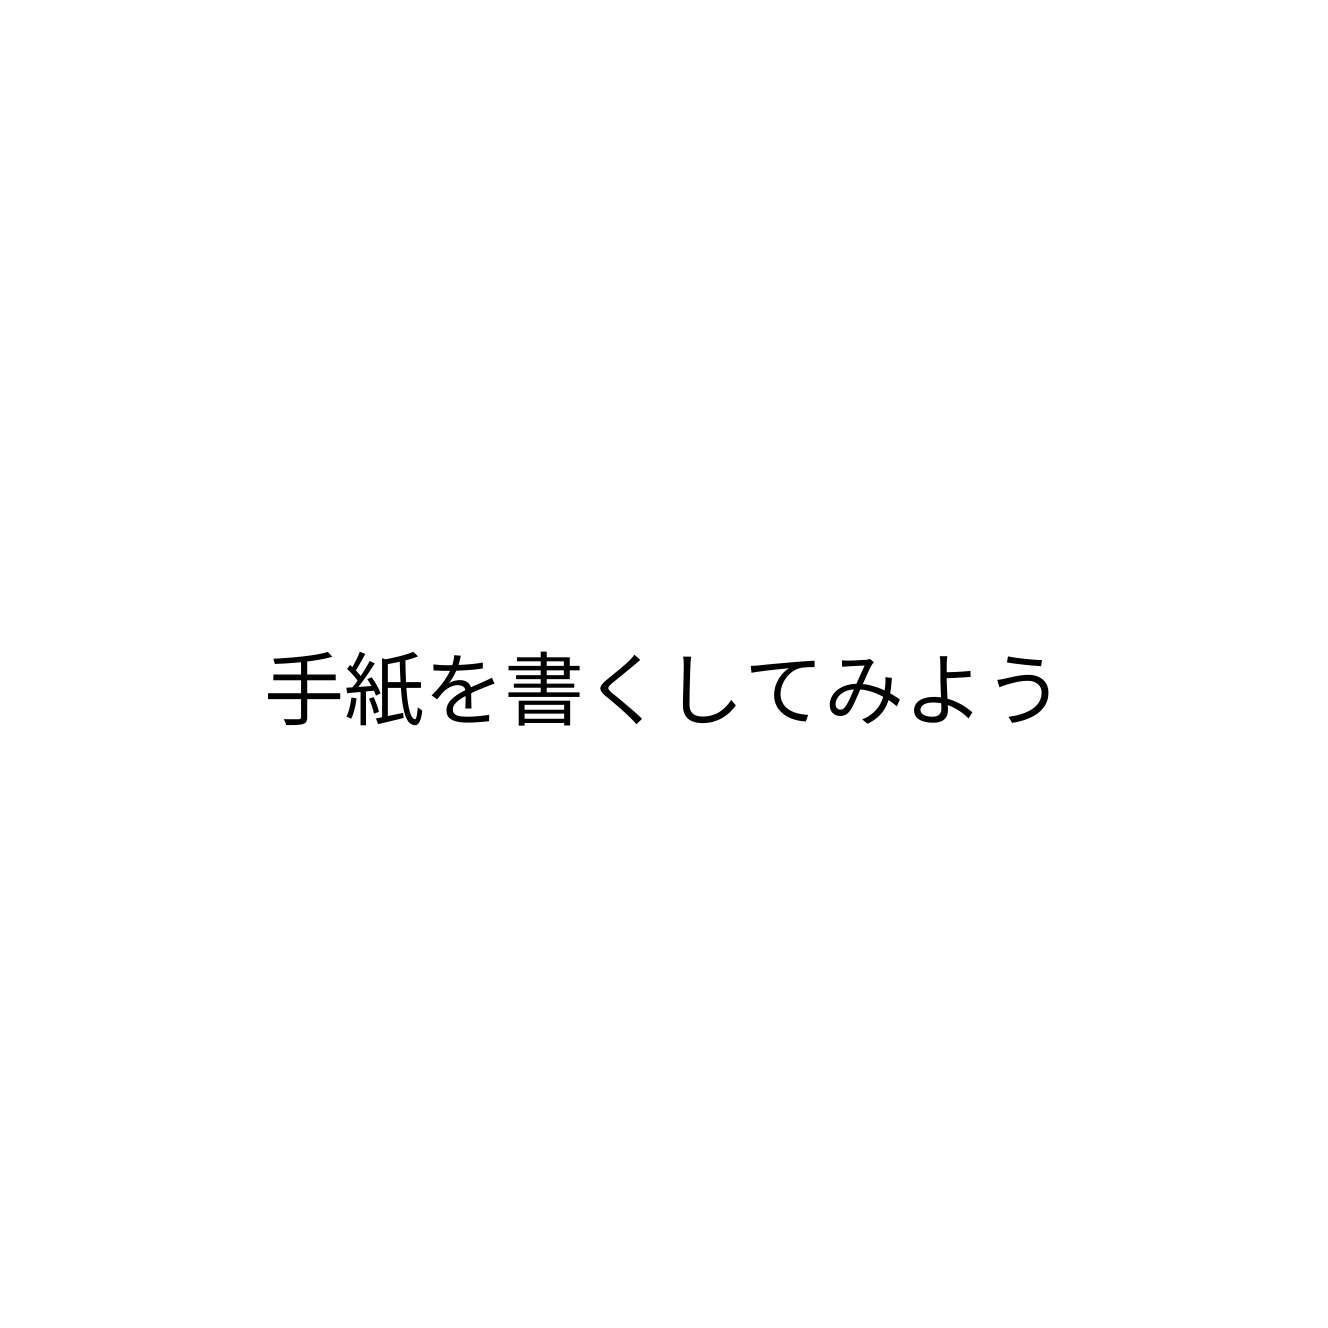
手紙を書くしてみよう